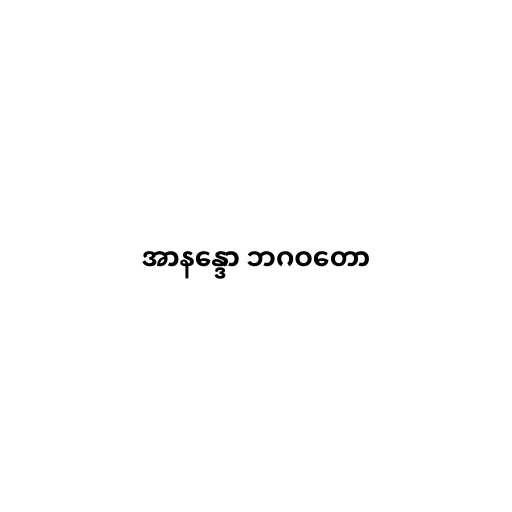
အာနန္ဒော ဘဂဝတော